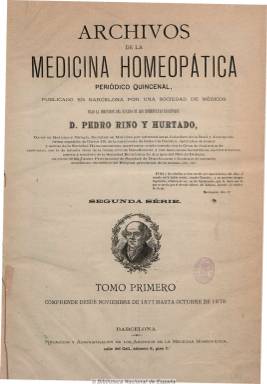
Título: Archivos de la medicina homeopática (Barcelona)
Colección: Homeopatía
Ámbito geográfico: Barcelona
Lugar de publicación: Barcelona
Fechas: 15/11/1877-30/10/1879

Periódico quincenal publicado en Barcelona por una sociedad de médicos bajo la dirección del decano de los homeópatas españoles, el doctor en medicina y cirugía Pedro Rino y Hurtado, socio de la Sociedad Hahnemanniana Matritense. Estos archivos, que comienzan a publicarse en 1877, son considerados como segunda serie de los que Rino publicó mensualmente en Badajoz entre 1840 y 1842, y que son considerados los iniciadores de la prensa homeopática española. El médico pacense sigue en esta publicación la propagación de la doctrina fundada por Samuel Hahnemann y los progresos que esta escuela viene experimentando a lo largo de las décadas. Además de artículos doctrinales, históricos, etc., ofrece prescripciones y diagnosis médicas, noticias de interés profesional y de las sociedades, universidades, colegios, hospitales, dispensarios y demás instituciones homeopáticas establecidas en España y en el extranjero, además de revista de prensa y traducciones. Esta nueva publicación del doctor Rino en Barcelona, en donde hacía años que se había establecido, nace coincidiendo con la inauguración del Instituto y Hospital Homeopático San José, de Madrid. El periódico está dividido en secciones de clínica, materia médica y terapéutica y variedades. La colección de la BNE, que alcanza hasta 1879, forma un tomo con sus primeros 48 cuadernos, de 8 páginas cada uno, que incluye un índice alfabético al final del primer número.